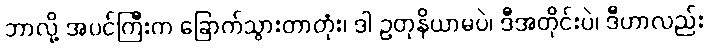
ဘာလို့ အပင်ကြီးက ခြောက်သွားတာတုံး၊ ဒါ ဥတုနိယာမပဲ၊ ဒီအတိုင်းပဲ၊ ဒီဟာလည်း